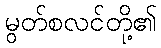
မွတ်စလင်တို့၏